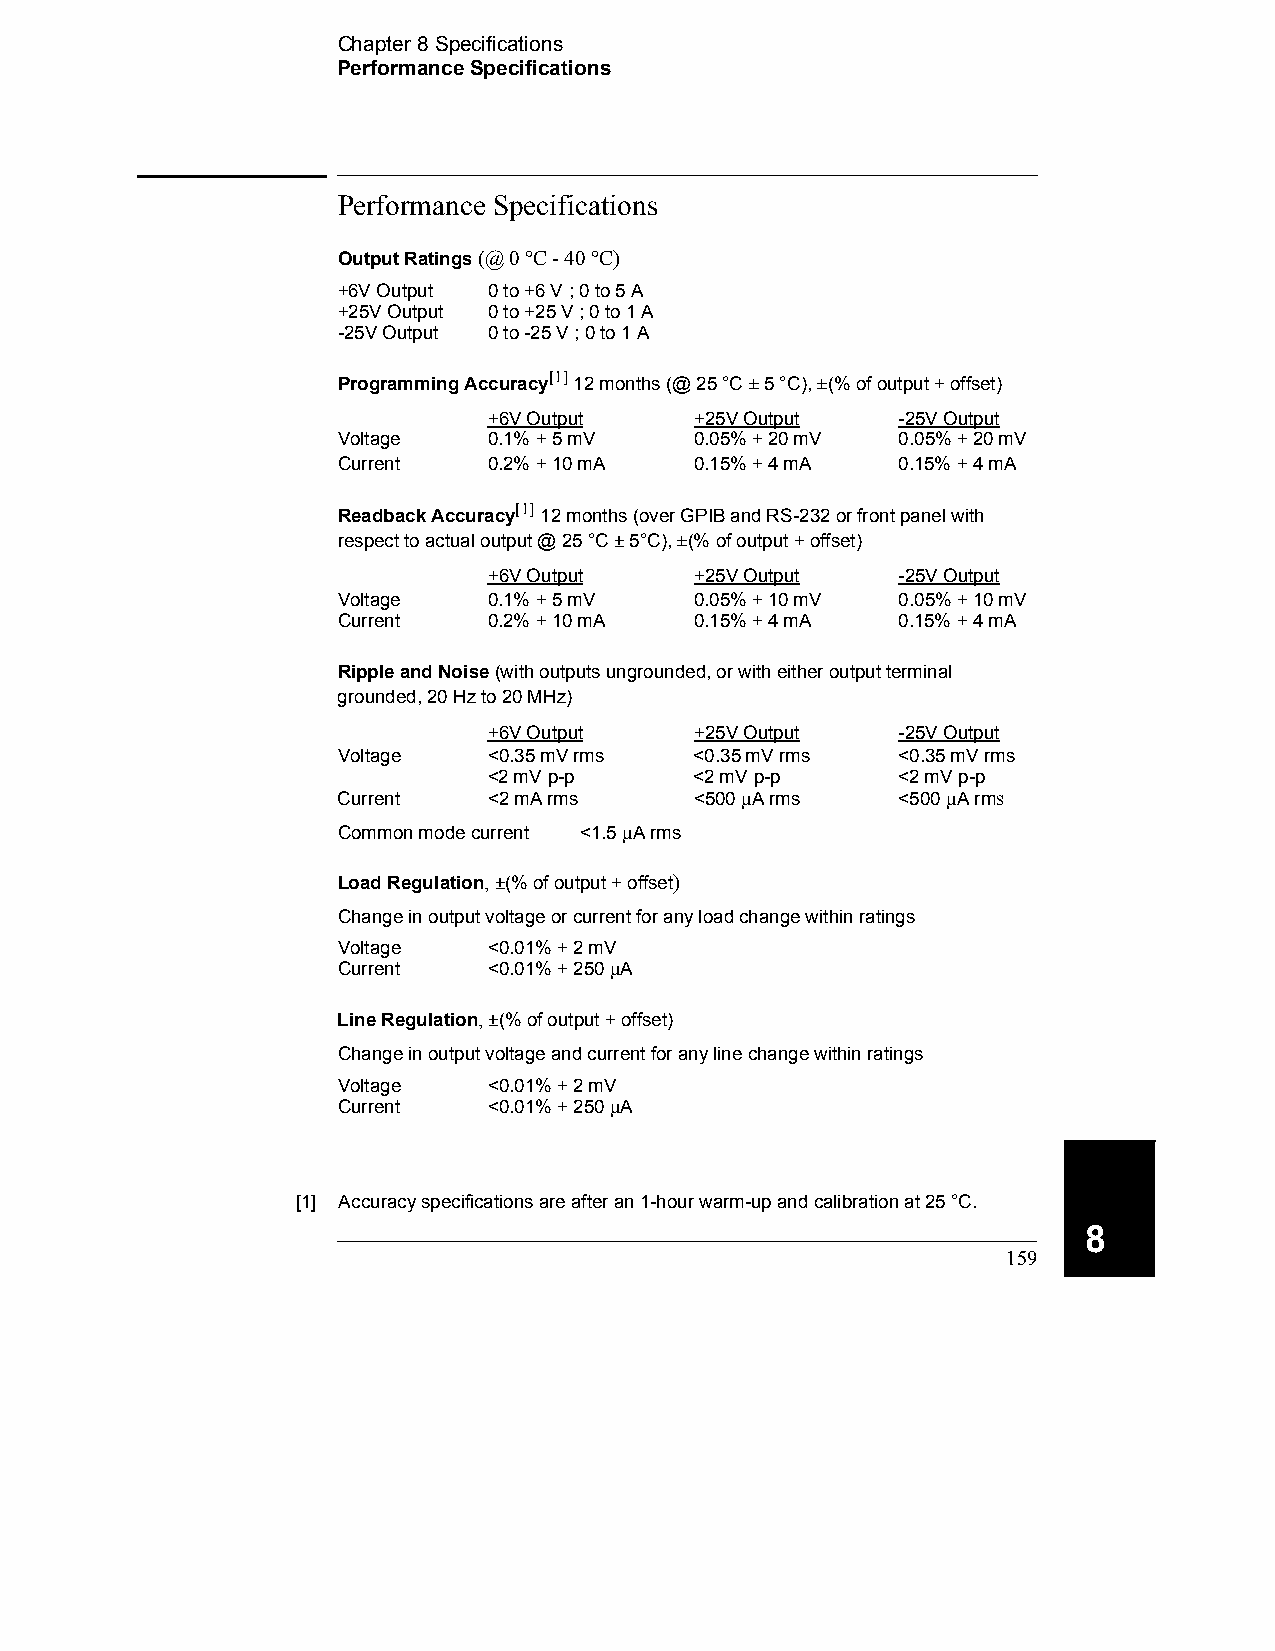
Chapter 8 Specifications
 Performance Specifications
 Performance Specifications
 Output Ratings (@ 0 °C - 40 °C)
 +6V Output 0 to +6 V ; 0 to 5 A
 +25V Output 0 to +25 V ; 0 to 1 A
 -25V Output 0 to -25 V ; 0 to 1 A
 Programming
 Accuracy[1]
 12 months (@ 25 °C ± 5 °C), ±(% of output + offset)
 +6V Output    +25V Output  -25V Output
 Voltage   0.1% + 5 mV   0.05% + 20 mV 0.05% + 20 mV
 Current   0.2% + 10 mA  0.15% + 4 mA 0.15% + 4 mA
 Readback
 Accuracy[1]
 12 months (over GPIB and RS-232 or front panel with 
 respect to actual output @ 25 °C ± 5°C), ±(% of output + offset)
 +6V Output    +25V Output  -25V Output
 Voltage   0.1% + 5 mV   0.05% + 10 mV 0.05% + 10 mV
 Current   0.2% + 10 mA  0.15% + 4 mA 0.15% + 4 mA
 Ripple and Noise (with outputs ungrounded, or with either output terminal 
 grounded, 20 Hz to 20 MHz)
 +6V Output    +25V Output  -25V Output
 Voltage   <0.35 mV rms  <0.35 mV rms <0.35 mV rms
 <2 mV p-p     <2 mV p-p    <2 mV p-p
 Current   <2 mA rms     <500 A rms  <500 A rms
 Common mode current <1.5 A rms
 Load Regulation, ±(% of output + offset)
 Change in output voltage or current for any load change within ratings
 Voltage   <0.01% + 2 mV
 Current   <0.01% + 250 A
 Line Regulation, ±(% of output + offset)
 Change in output voltage and current for any line change within ratings
 Voltage   <0.01% + 2 mV
 Current   <0.01% + 250 A
 [1] Accuracy specifications are after an 1-hour warm-up and calibration at 25 °C.
 8
 159